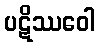
ပဋိဿဝေါ